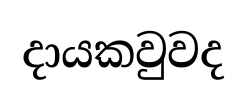
දායකවුවද